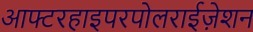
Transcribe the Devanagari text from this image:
आफ्टरहाइपरपोलराईज़ेशन